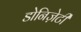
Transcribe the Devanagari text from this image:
डोनिज़ेटी